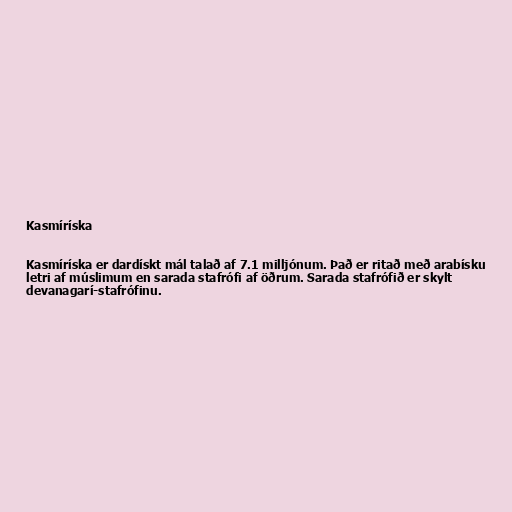
Kasmíríska

Kasmíríska er dardískt mál talað af 7.1 milljónum. Það er ritað með arabísku
letri af múslimum en sarada stafrófi af öðrum. Sarada stafrófið er skylt
devanagarí-stafrófinu.